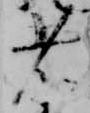
者